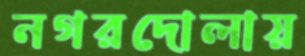
নগরদোলায়